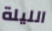
الليلة